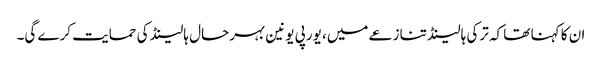
ان کا کہنا تھا کہ ترکی ہالینڈ تنازعے میں، یورپی یونین بہرحال ہالینڈ کی حمایت کرے گی۔